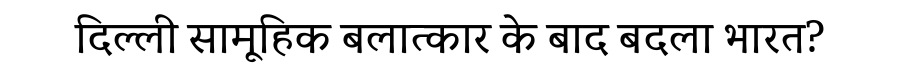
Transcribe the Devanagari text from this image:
दिल्ली सामूहिक बलात्कार के बाद बदला भारत?